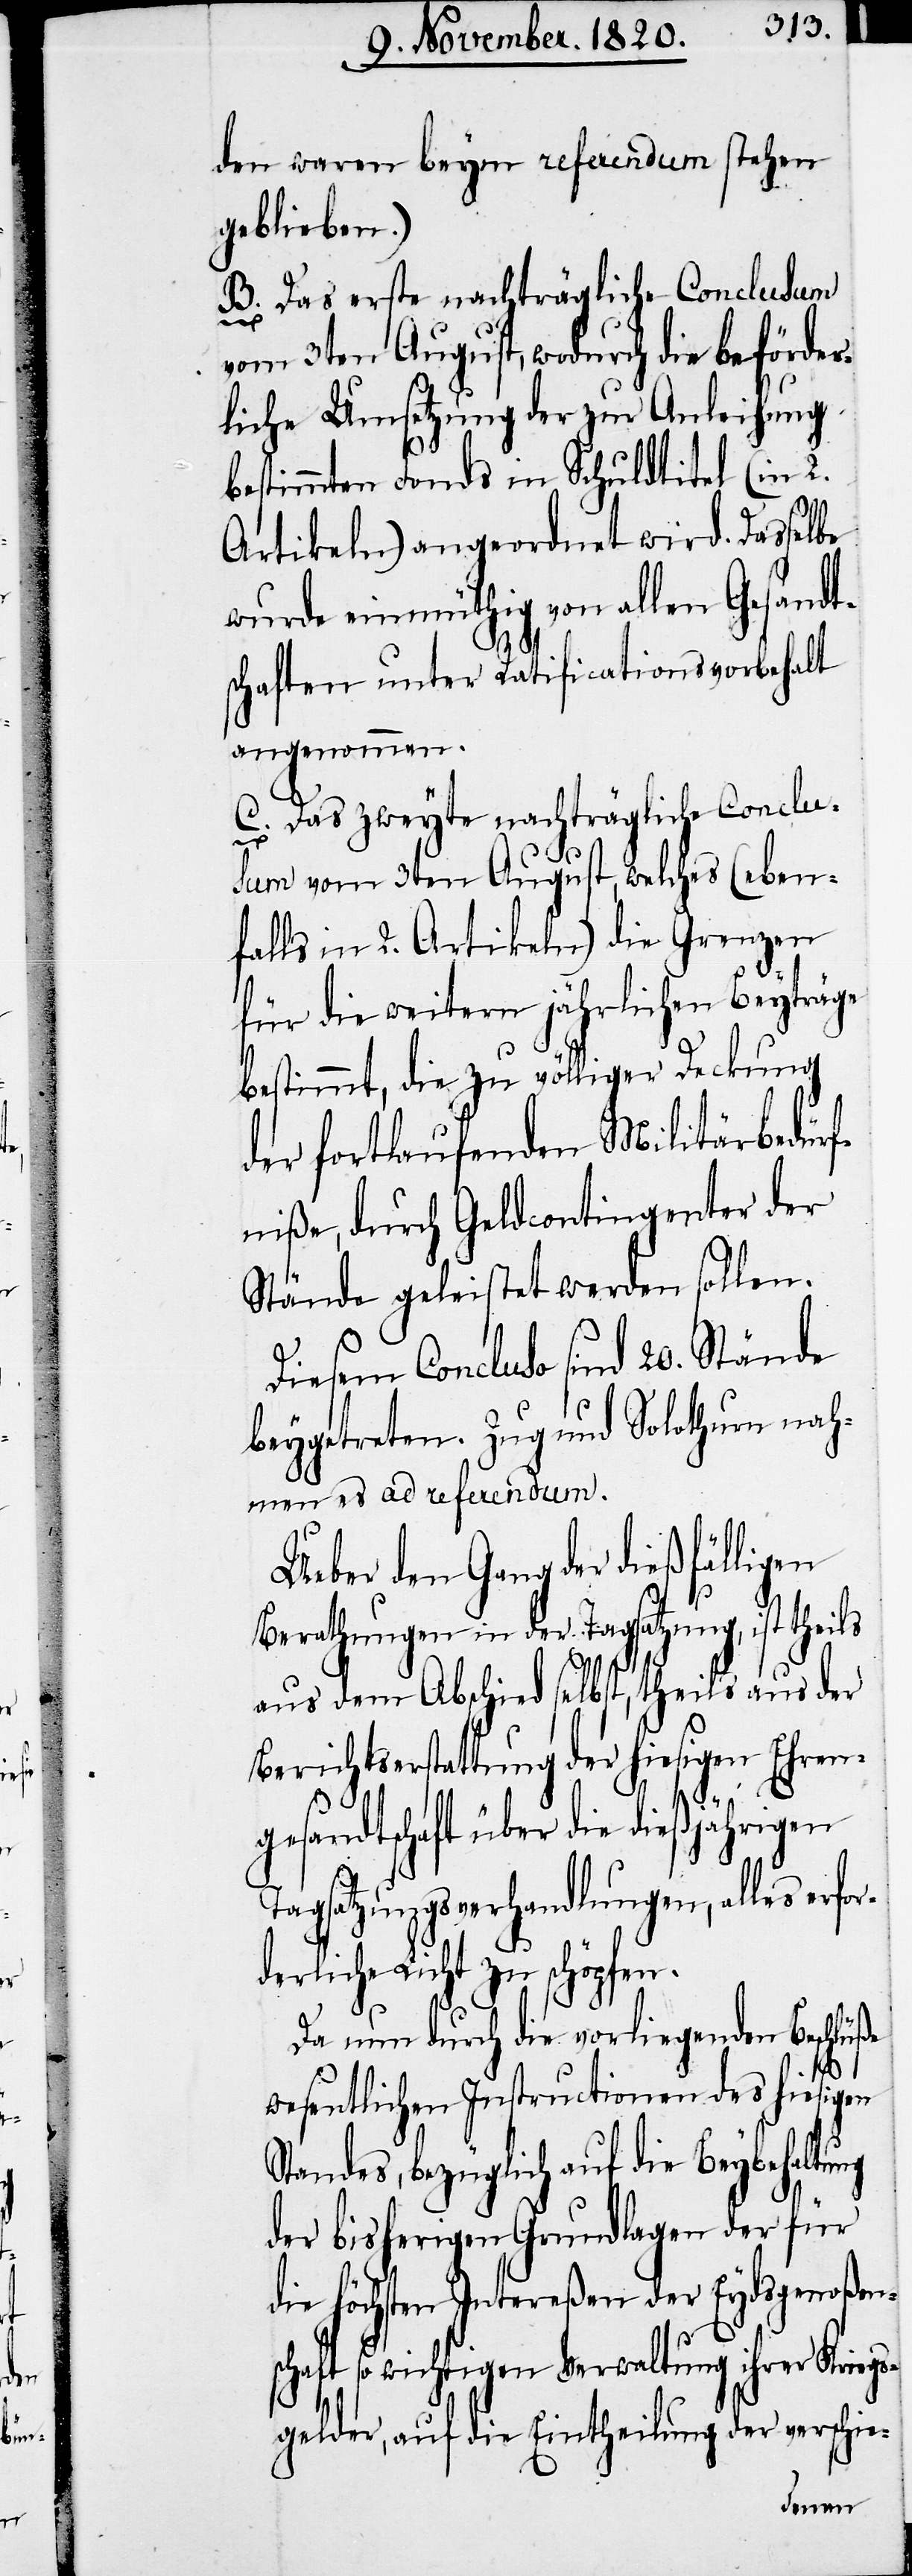
den waren beym referendum stehen
geblieben.)
B. Das erste nachträgliche Conclusum
vom 3ten August, wodurch die beförder¬
liche Umsetzung der zur Anleihung
bestimmten Fonds in Schuldtitel (in 2.
Artikeln) angeordnet wird. Dasselbe
wurde einmüthig von allen Gesandt¬
schaften unter Ratificationsvorbehalt
angenommen.
C. Das zweyte nachträgliche Conclus¬
um vom 3ten August, welches (eben¬
falls in 2. Artikeln) die Grenzen
für die weitern jährlichen Beyträge
bestimmt, die zu völliger Deckung
der fortlaufenden Militärbedürf¬
niße, durch Geldcontingenter der
Stände geleistet werden sollen.
Diesem Concluso sind 20. Stände
beygetreten. Zug und Solothurn nah¬
men es ad referendum.
Ueber den Gang der dießfälligen
Berathungen in der Tagsatzung, ist theils
aus dem Abschied selbst, theils aus der
Berichtserstattung der hiesigen Ehren¬
r¬
gesandtschaft über die dießjährigen
Tagsatzungsverhandlungen, alles erfo¬
derliche Licht zu schöpfen.
Da nun durch die vorliegenden Beschlüße
wesentlichen Instructionen des hiesigen
Standes, bezüglich auf die Beybehaltung
der bisherigen Grundlagen der für
die höchsten Intereßen der Eydsgenoßens¬
chaft so wichtigen Verwaltung ihrer Kriegs¬
gelder, auf die Eintheilung der verschie-